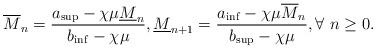
LaTeX: \begin{align*}\overline{M}_{n}=\frac{a_{\sup}-\chi\mu\underline{M}_{n}}{b_{\inf}-\chi\mu}, \underline{M}_{n+1}=\frac{a_{\inf}-\chi\mu\overline{M}_{n}}{b_{\sup}-\chi\mu}, \forall \ n\geq 0.\end{align*}